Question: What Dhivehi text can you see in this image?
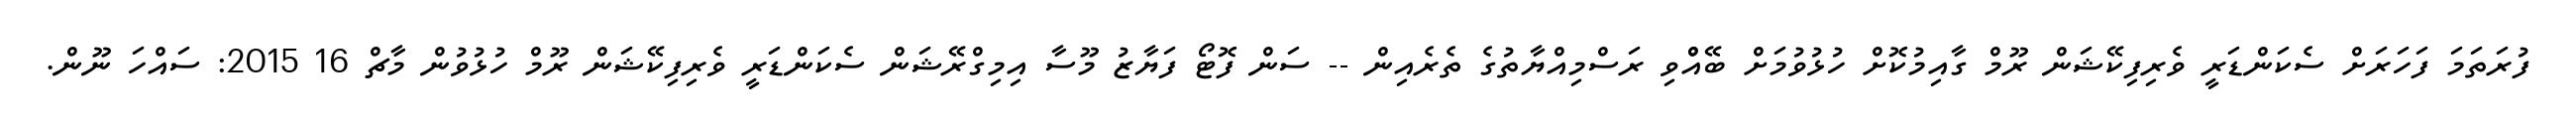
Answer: ފުރަތަމަ ފަހަރަށް ސެކަންޑަރީ ވެރިފިކޭޝަން ރޫމް ގާއިމުކޮށް ހުޅުވުމަށް ބޭއްްވި ރަސްމިއްޔާތުގެ ތެރެއިން -- ސަން ފޮޓޯ ފަޔާޒު މޫސާ އިމިގްރޭޝަން ސެކަންޑަރީ ވެރިފިކޭޝަން ރޫމް ހުޅުވުން މާޗް 16 2015: ސައްހަ ނޫން.